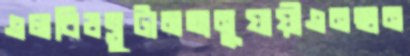
এলবিডব্লুটামতানুযায়ীএনছান